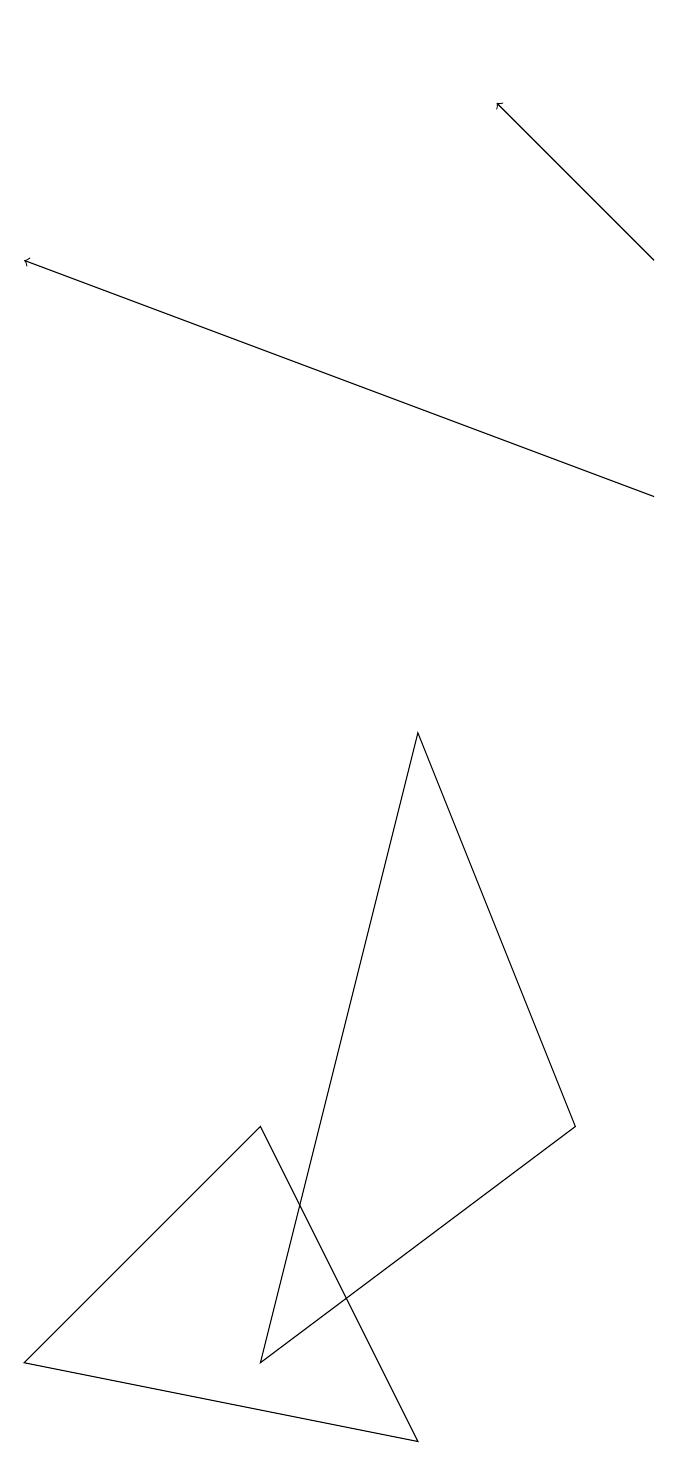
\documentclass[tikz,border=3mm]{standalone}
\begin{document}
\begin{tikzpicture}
\draw[->] (8,12) -- (0,15);
\draw (0,1) -- (3,4) -- (5,0) -- cycle;
\draw (7,18) rectangle (7,18);
\draw[->] (8,15) -- (6,17);
\draw (5,9) -- (3,1) -- (7,4) -- cycle;
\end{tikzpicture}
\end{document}